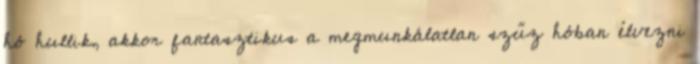
hó hullik, akkor fantasztikus a megmunkálatlan szűz hóban élvezni